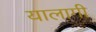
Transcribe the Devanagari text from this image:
यालागी